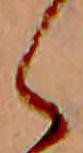
く